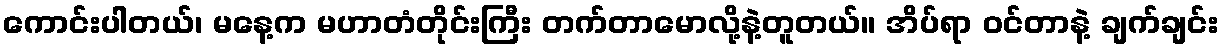
ကောင်းပါတယ်၊ မနေ့က မဟာတံတိုင်းကြီး တက်တာမောလို့နဲ့တူတယ်။ အိပ်ရာ ဝင်တာနဲ့ ချက်ချင်း